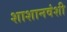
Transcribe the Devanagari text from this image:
शाशानवंशी